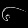
Digit: ၆